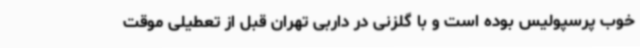
خوب‌ پرسپولیس بوده است و با گلزنی در داربی تهران قبل از تعطیلی موقت